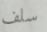
سلف